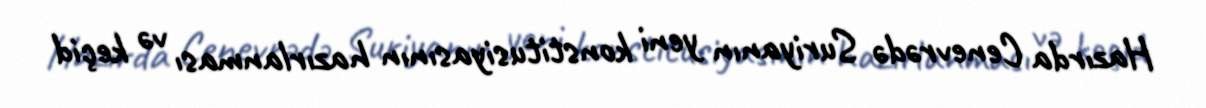
Hazırda Cenevrədə Suriyanın yeni konstitusiyasının hazırlanması və keçid